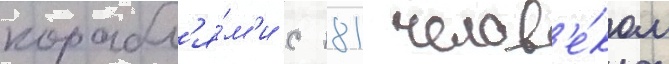
корабл'я́м'и с 181 челов'е́ком